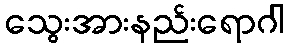
သွေးအားနည်းရောဂါ